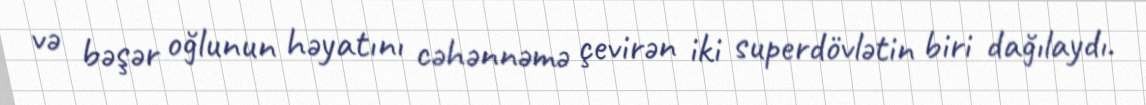
və bəşər oğlunun həyatını cəhənnəmə çevirən iki superdövlətin biri dağılaydı.